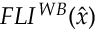
F L I ^ { W B } ( \hat { x } )